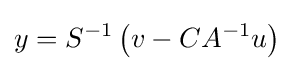
y=S^{-1}\left(v-CA^{-1}u\right)